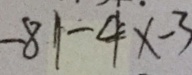
- 8 1 - 4 x - 3